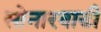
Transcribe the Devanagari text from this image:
सोनारवाडी